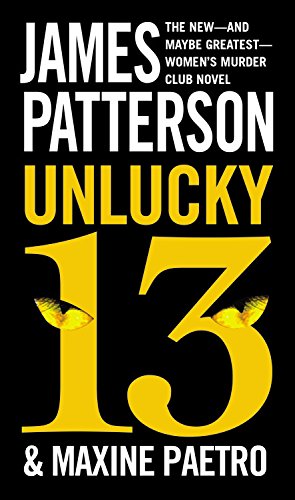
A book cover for Unlucky 13 (Women's Murder Club); James Patterson; Mystery, Thriller & Suspense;